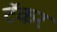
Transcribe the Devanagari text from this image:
टॅकर